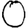
Digit: 0